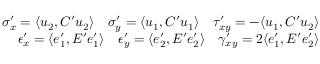
\begin{array} { r } { \sigma _ { x } ^ { \prime } = \langle u _ { 2 } , C ^ { \prime } u _ { 2 } \rangle \quad \sigma _ { y } ^ { \prime } = \langle u _ { 1 } , C ^ { \prime } u _ { 1 } \rangle \quad \tau _ { x y } ^ { \prime } = - \langle u _ { 1 } , C ^ { \prime } u _ { 2 } \rangle } \\ { \epsilon _ { x } ^ { \prime } = \langle e _ { 1 } ^ { \prime } , E ^ { \prime } e _ { 1 } ^ { \prime } \rangle \quad \epsilon _ { y } ^ { \prime } = \langle e _ { 2 } ^ { \prime } , E ^ { \prime } e _ { 2 } ^ { \prime } \rangle \quad \gamma _ { x y } ^ { \prime } = 2 \langle e _ { 1 } ^ { \prime } , E ^ { \prime } e _ { 2 } ^ { \prime } \rangle } \end{array}